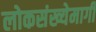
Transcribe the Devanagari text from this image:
लोकसंख्येमागी